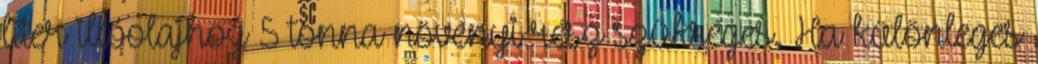
liter illóolajhoz 5 tonna növényi rész szükséges. Ha különleges